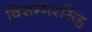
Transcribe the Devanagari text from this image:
विशम्भरसिंह